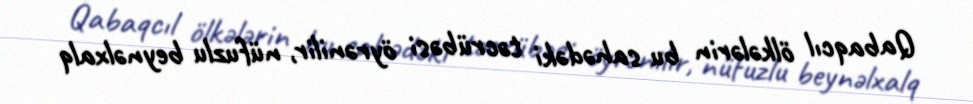
Qabaqcıl ölkələrin bu sahədəki təcrübəsi öyrənilir, nüfuzlu beynəlxalq